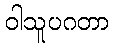
ဝါသူပဂတာ